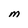
Character: M